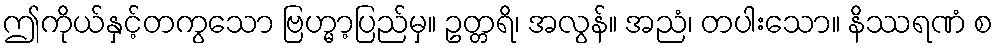
ဤကိုယ်နှင့်တကွသော ဗြဟ္မာ့ပြည်မှ။ ဥတ္တရိ၊ အလွန်။ အညံ၊ တပါးသော။ နိဿရဏံ စ